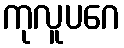
ကုလူပဂေ